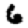
Digit: 6